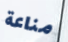
مناعة